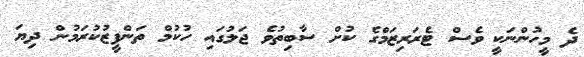
ދެ މީހުންނަކީ ވެސް ޓެރަރިޒަމްގެ ކުށް ސާބިތުވެ ޖަލުގައި ހުކުމް ތަންފީޒުކުރަމުން ދިޔަ